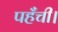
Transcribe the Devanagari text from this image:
पहँची।